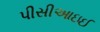
પીસીઆઇઈ